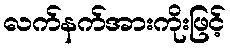
လက်နက်အားကိုးဖြင့်